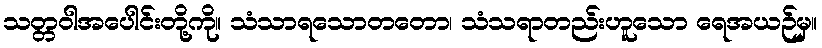
သတ္တဝါအပေါင်းတို့ကို။ သံသာရသောတတော၊ သံသရာတည်းဟူသော ရေအယဉ်မှ။